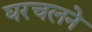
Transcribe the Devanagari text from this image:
घरचलने